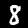
Label: 8